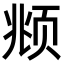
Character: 𫖯